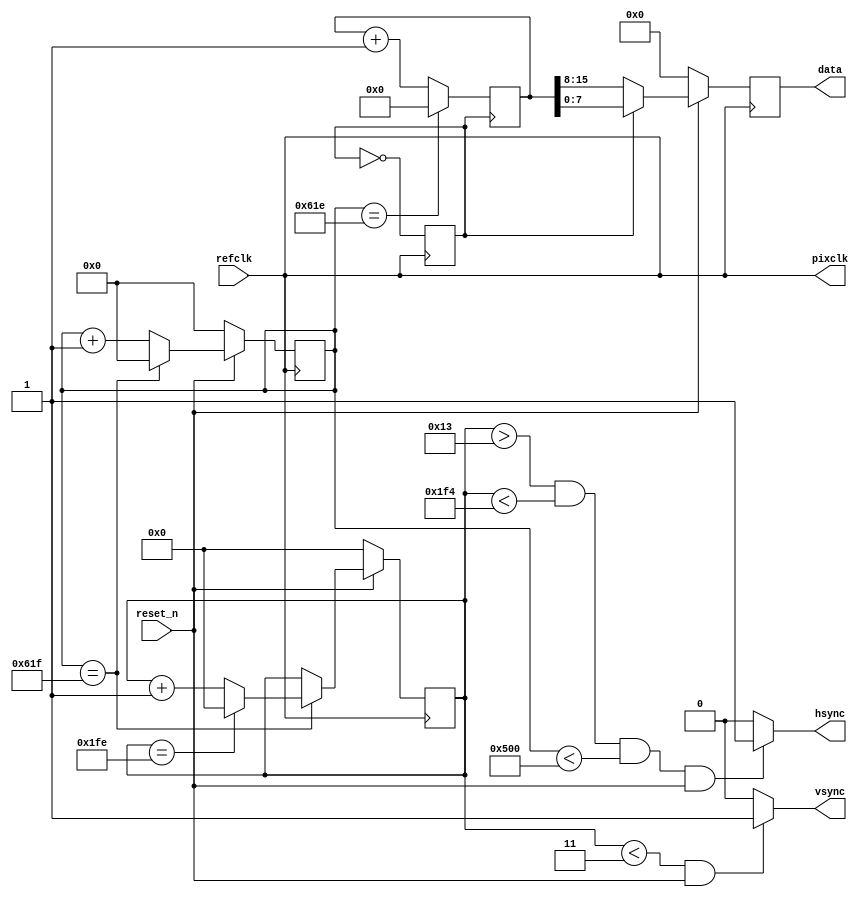
module camera 
(
	input refclk,
	input reset_n,
	output pixclk,
	output vsync,
	output hsync,
	output [7:0] data
);
reg [12:0] hs_counter = 0;
reg [9:0] vs_counter = 0;
assign pixclk = refclk;
always @(negedge refclk)
begin
	if(reset_n == 0)
		begin
			hs_counter = 0;
			vs_counter = 0;
		end
	else
		begin
			if(hs_counter == 1567)
			begin
				hs_counter <= 0;
				if(vs_counter == 510)
					vs_counter <= 0;
				else
					vs_counter <= vs_counter + 1;
			end
			else
			hs_counter <= hs_counter + 1;
		end
end
reg clk2 = 0;
always@(negedge refclk)
clk2 <= !clk2;
reg [16:0] pixel_counter = 0;
always@(posedge clk2)
begin
	if(hs_counter == 1566)
		pixel_counter <= 0;
	else
		pixel_counter <= pixel_counter + 1;
end
reg [7:0] temp_data;
wire [15:0] line_counter;
reg [15:0] line_counter_2;
reg data_part = 0;
always@(negedge refclk)
begin
if(reset_n == 0)
	begin
		data_part <= 0;
		temp_data <= 0;
	end
else
begin
	if(!clk2)
		temp_data[7:0] <= pixel_counter[15:8];
	else
		temp_data[7:0] <= pixel_counter[7:0];
end
end
assign data = temp_data;
assign vsync = vs_counter < 3 && reset_n != 0 ? 1 : 0;
assign hsync = vs_counter > 19 && vs_counter < 500 && hs_counter < 1280 && reset_n != 0 ? 1 : 0;
endmodule